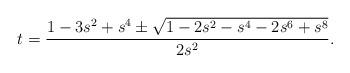
LaTeX: \begin{align*}t=\frac{1-3 s^2+s^4\pm \sqrt{1-2 s^2-s^4-2 s^6+s^8}}{2 s^2}.\end{align*}